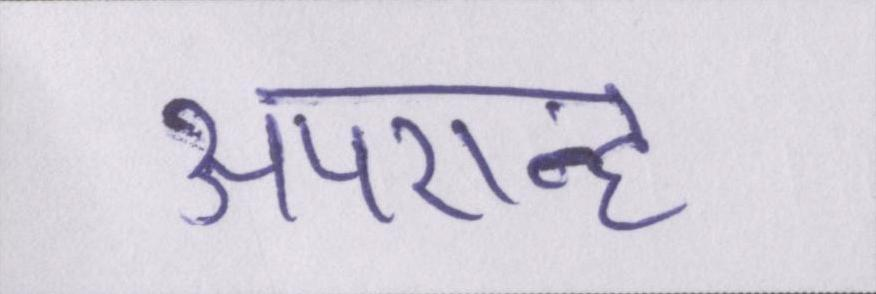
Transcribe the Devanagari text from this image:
अपरान्ह